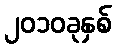
၂၀၁၀ခုနှစ်